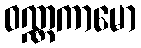
ဝဏ္ဏကာမော